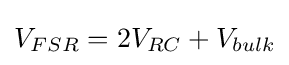
V_{FSR}=2V_{RC}+V_{bulk}